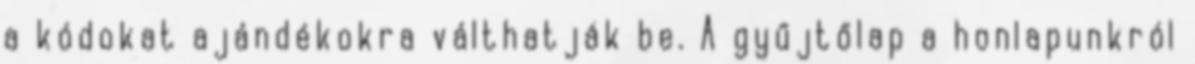
a kódokat ajándékokra válthatják be. A gyűjtőlap a honlapunkról